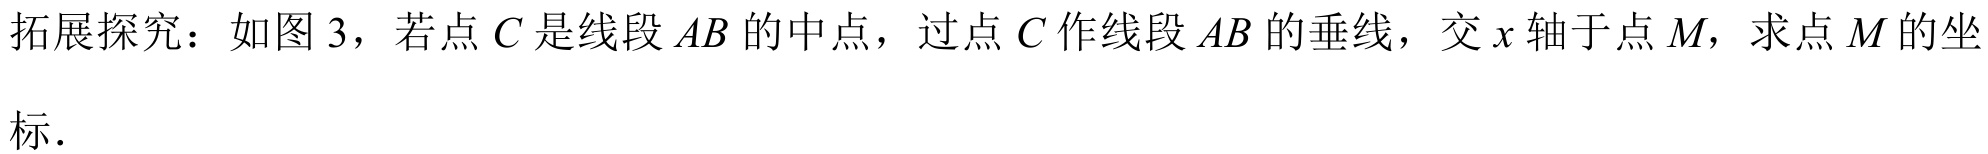
拓展探究：如图 3，若点$C$是线段$AB$的中点，过点$C$作线段$AB$的垂线，交$x$轴于点$M$，求点$M$的坐
标.